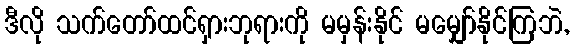
ဒီလို သက်တော်ထင်ရှားဘုရားကို မမှန်းနိုင် မမျှော်နိုင်ကြဘဲ,